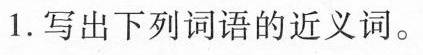
1.写出下列词语的近义词。